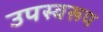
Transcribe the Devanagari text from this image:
उपस्वरूप